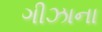
ગીઝાના